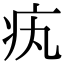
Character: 𤴯